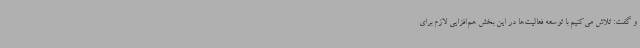
و گفت: تلاش می‌کنیم با توسعه فعالیت‌ها در این بخش هم‌افزایی لازم برای